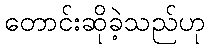
တောင်းဆိုခဲ့သည်ဟု